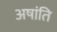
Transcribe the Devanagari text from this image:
अषांति